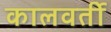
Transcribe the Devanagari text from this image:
कालवर्ती